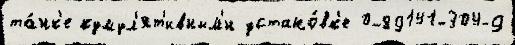
та́нк'е кумул'ят'ивным'и устано́вк'е 0-89141-304-9